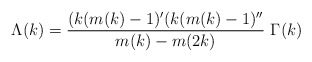
\begin{align*}\Lambda(k)=\frac{(k(m(k)-1)'(k(m(k)-1)''}{m(k)-m(2k)}~\Gamma(k)\end{align*}